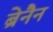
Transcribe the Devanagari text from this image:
ब्रेनैन